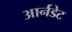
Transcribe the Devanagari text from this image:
आर्नडेट